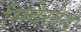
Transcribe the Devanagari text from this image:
सिदेखेड